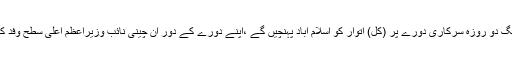
12 اگست2017ء)چین کے نائب وزیراعظم وانگ یانگ دو روزہ سرکاری دورے پر (کل) اتوار کو اسلام آباد پہنچیں گے ،ْاپنے دورے کے دور ان چینی نائب وزیراعظم اعلیٰ سطح وفد کے ہمراہ یوم آزادی کی تقریبات میں شرکت کریں گے۔